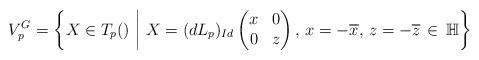
LaTeX: \begin{align*}V_{p}^{G}=\left\{X\in T_{p}()~\biggr|~ X=(dL_{p})_{Id}\begin{pmatrix}x&0\\0&z\end{pmatrix},\,x=-\overline{x},\,z=-\overline{z}\,\in\,\mathbb{H}\right\}\end{align*}